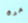
مرة